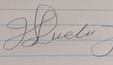
Signature authenticity: forged